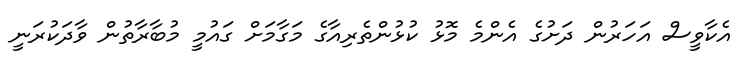
އެކާވީސް އަހަރުން ދަށުގެ އެންމެ މޮޅު ކުޅުންތެރިއާގެ މަގާމަށް ގައުމީ މުބާރާތުން ވާދަކުރަނީ